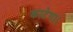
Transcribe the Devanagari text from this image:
काटेगा।